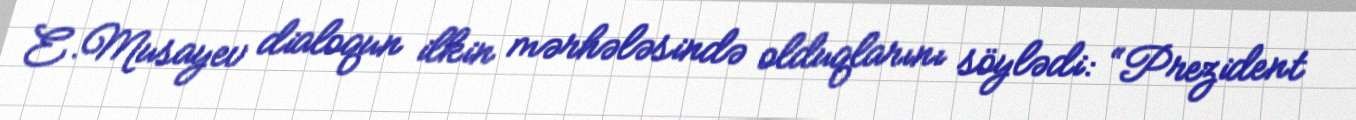
E.Musayev dialoqun ilkin mərhələsində olduqlarını söylədi: “Prezident